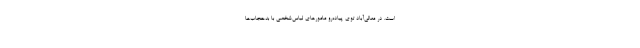
است. در معالی‌آباد توی پیاده‌رو مامورهای لباس‌شخصی با بد‌حجاب‌ها